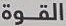
القوة